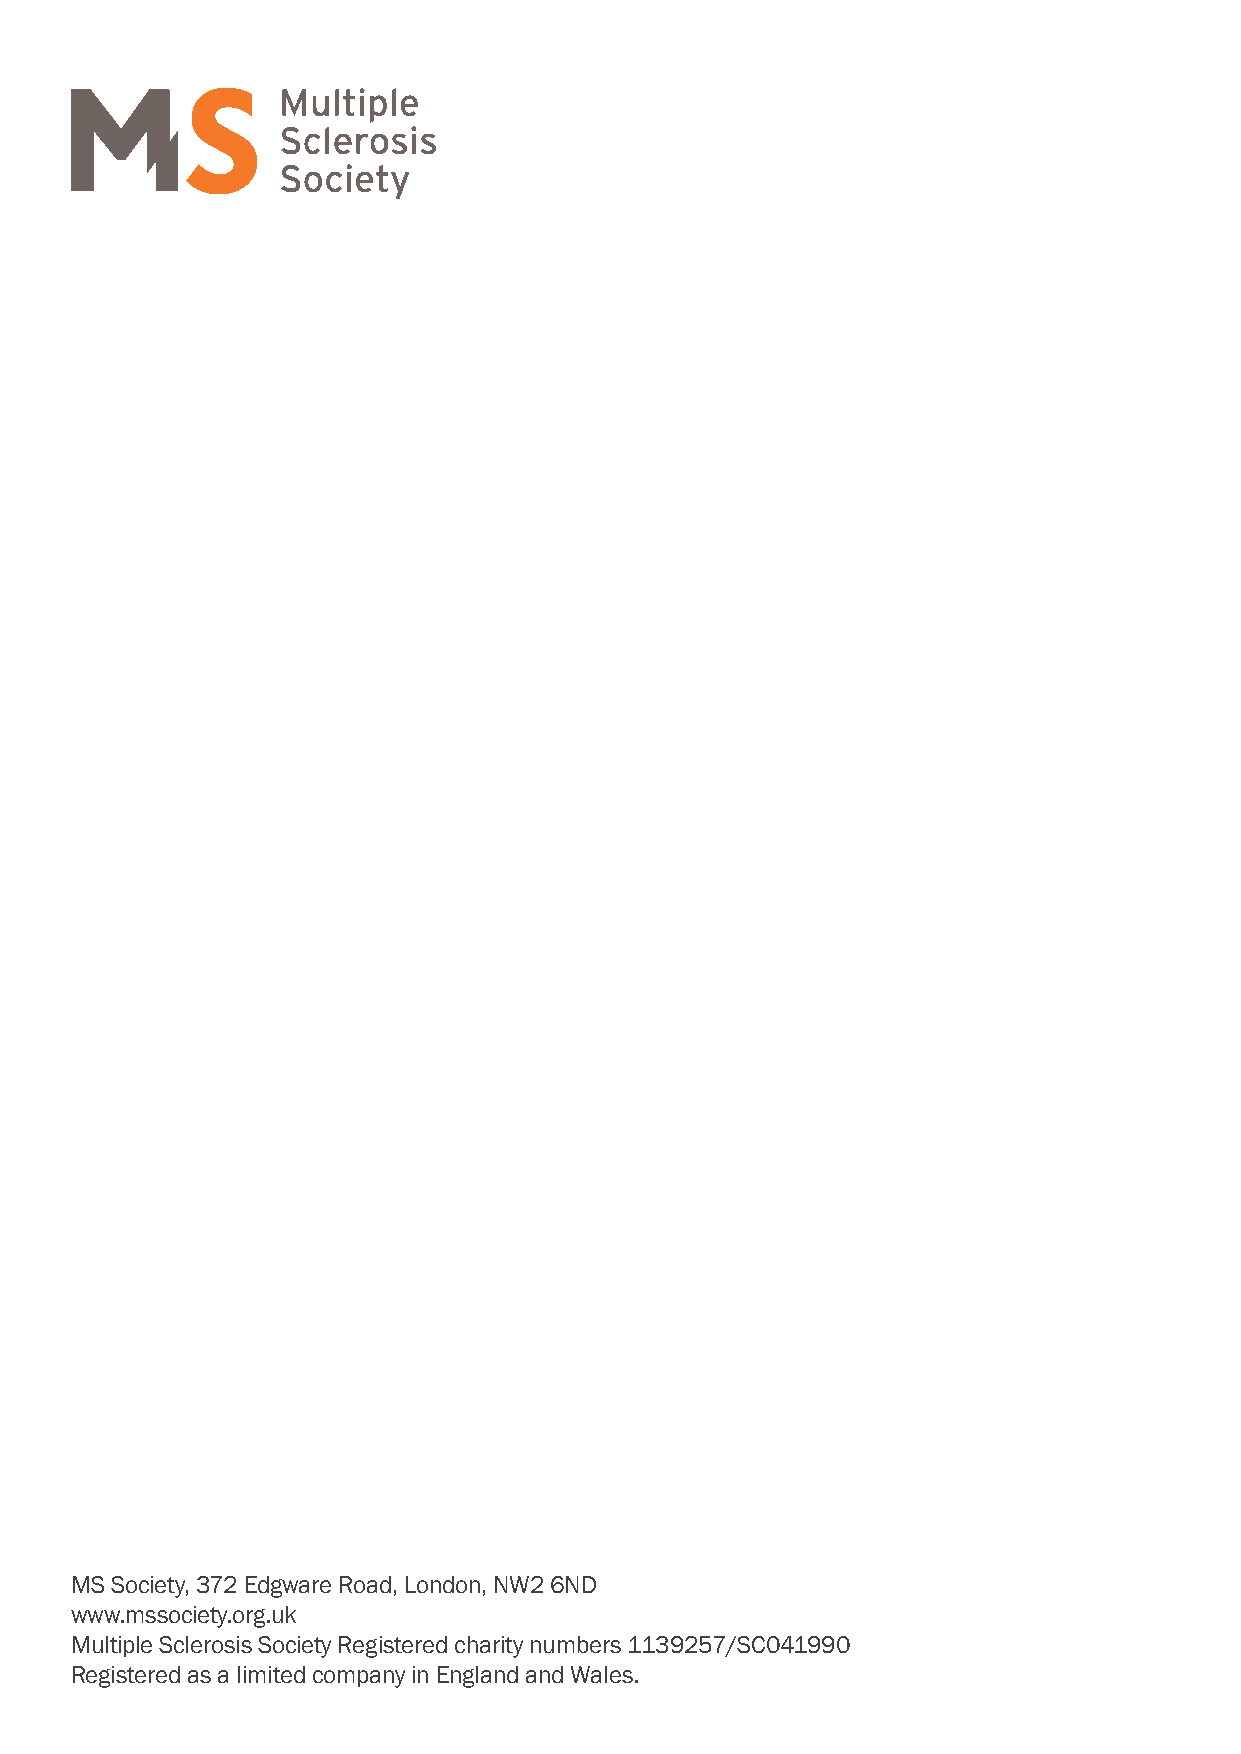
MS Society, 372 Edgware Road, London, NW2 6ND
 www.mssociety.org.uk
 Multiple Sclerosis Society Registered charity numbers 1139257/SC041990
 Registered as a limited company in England and Wales.